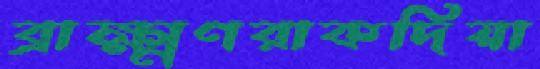
ব্রাক্ষ্মণরাকদিয়া